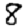
Digit: 8